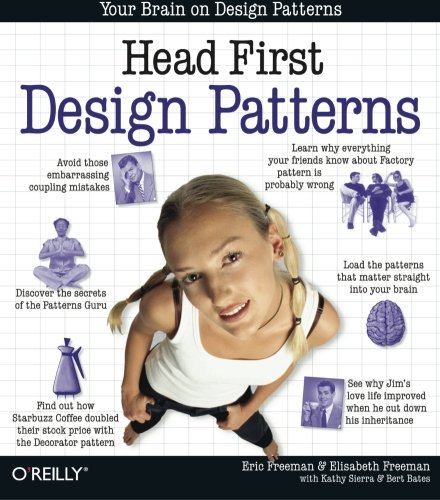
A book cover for Head First Design Patterns; Eric Freeman; Computers & Technology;